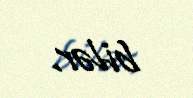
bilər.